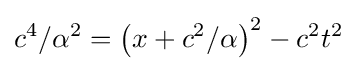
c^{4}/\alpha ^{2}=\left(x+c^{2}/\alpha \right)^{2}-c^{2}t^{2}